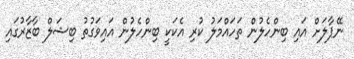
ނޭޕާލަށް އައި ބިންހެލުން ތަހައްމަލު ކުރި އެކަކީ ބިންހެލުން އައިވަގުތު ބިޝަލް ބާޒާރުގައި